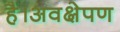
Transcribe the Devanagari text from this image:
है।अवक्षेपण